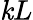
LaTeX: \mathit{k}L